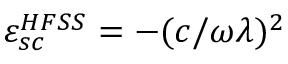
\varepsilon _ { s c } ^ { H F S S } = - ( c / \omega \lambda ) ^ { 2 }